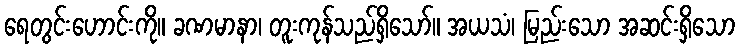
ရေတွင်းဟောင်းကို။ ခဏမာနာ၊ တူးကုန်သည်ရှိသော်။ အယသံ၊ မြည်းသော အဆင်းရှိသော